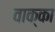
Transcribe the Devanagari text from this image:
वाक्का